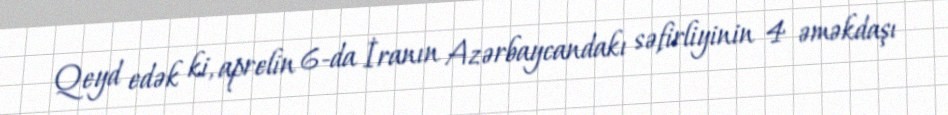
Qeyd edək ki, aprelin 6-da İranın Azərbaycandakı səfirliyinin 4 əməkdaşı